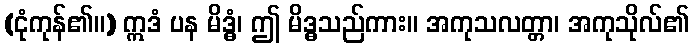
(ငုံကုန်၏။) ဣဒံ ပန မိဒ္ဓံ၊ ဤ မိဒ္ဓသည်ကား။ အကုသလတ္တာ၊ အကုသိုလ်၏